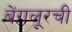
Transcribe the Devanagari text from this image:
बेंगलूरची